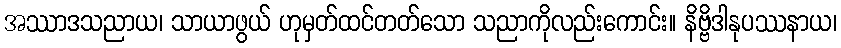
အဿာဒသညာယ၊ သာယာဖွယ် ဟုမှတ်ထင်တတ်သော သညာကိုလည်းကောင်း။ နိဗ္ဗိဒါနုပဿနာယ၊